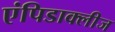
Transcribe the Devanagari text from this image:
एंपिडाक्लीज